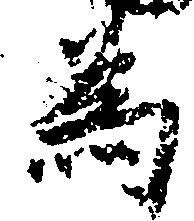
為